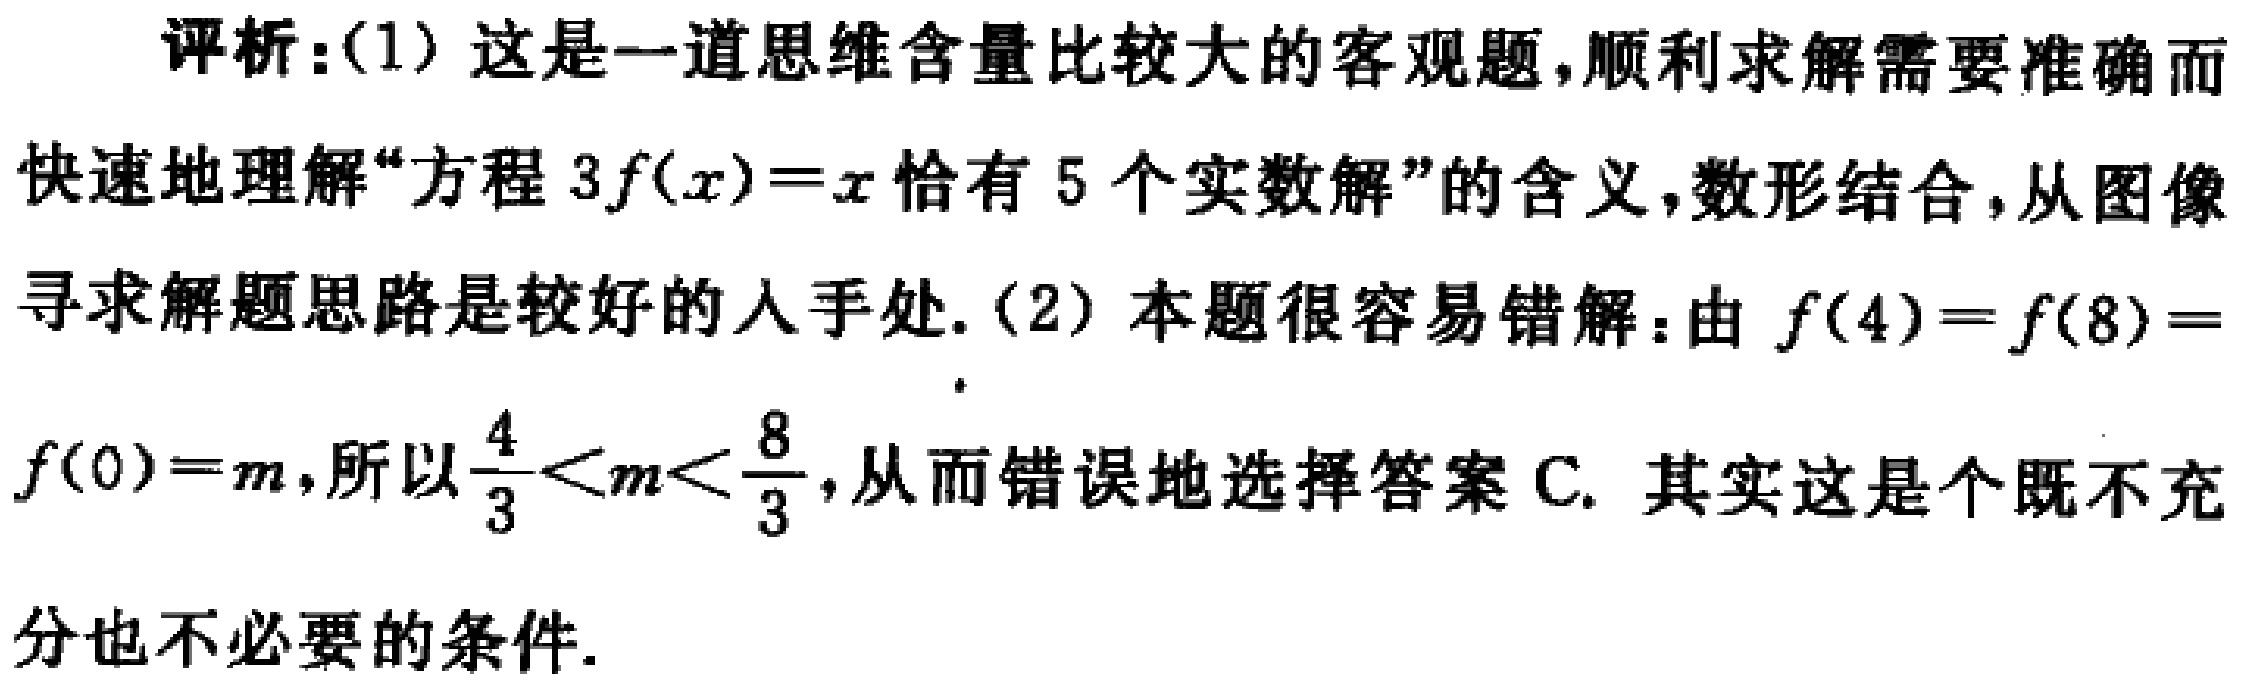
评析：(1) 这是一道思维含量比较大的客观题，顺利求解需要准确而
快速地理解“方程 \(3f(x)=x\) 恰有 \(5\) 个实数解”的含义，数形结合，从图像
寻求解题思路是较好的人手处. (2) 本题很容易错解：由 \(f(4)=f(8)=\)
\(f(0)=m\)，所以 \(\frac{4}{3}<m<\frac{8}{3}\)，从而错误地选择答案 C. 其实这是个既不充
分也不必要的条件.